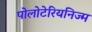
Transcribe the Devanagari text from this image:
पोलोटेरियनिज्म